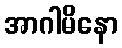
အာဂါမိနော